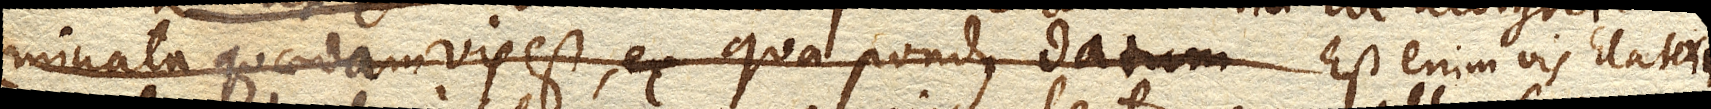
minata quaedam vis est, ex qua pondus datum Est enim vis Elaterii